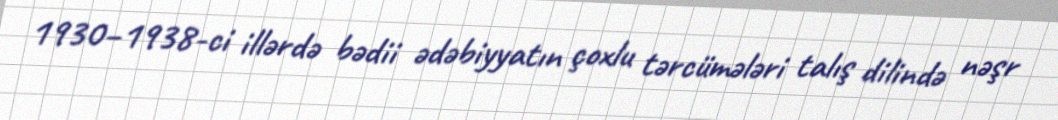
1930–1938-ci illərdə bədii ədəbiyyatın çoxlu tərcümələri talış dilində nəşr